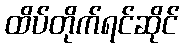
ထိပ်တိုက်ရင်ဆိုင်